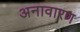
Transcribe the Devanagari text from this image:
अनावारण